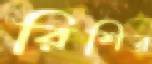
রিশির